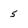
Character: 5